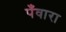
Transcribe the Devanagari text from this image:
पँवारा